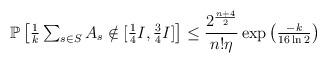
LaTeX: \begin{align*}\mathbb P\begin{bmatrix}{\frac 1k}\sum_{s\in S}A_s\notin [{\frac 14}I,{\frac 34}I]\end{bmatrix}\leq {\frac {2^{\frac {n+4}2}}{n!\eta}}\exp\begin{pmatrix}{\frac{-k}{16\ln 2}}\end{pmatrix}\end{align*}